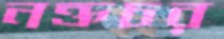
নক্তচর